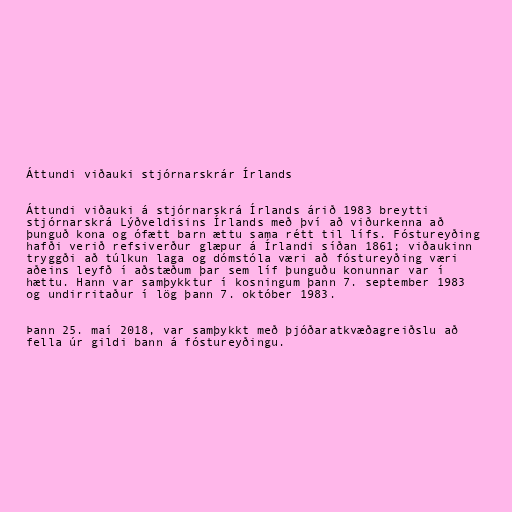
Áttundi viðauki stjórnarskrár Írlands

Áttundi viðauki á stjórnarskrá Írlands árið 1983 breytti
stjórnarskrá Lýðveldisins Írlands með því að viðurkenna að
þunguð kona og ófætt barn ættu sama rétt til lífs. Fóstureyðing
hafði verið refsiverður glæpur á Írlandi síðan 1861; viðaukinn
tryggði að túlkun laga og dómstóla væri að fóstureyðing væri
aðeins leyfð í aðstæðum þar sem líf þunguðu konunnar var í
hættu. Hann var samþykktur í kosningum þann 7. september 1983
og undirritaður í lög þann 7. október 1983.

Þann 25. maí 2018, var samþykkt með þjóðaratkvæðagreiðslu að
fella úr gildi bann á fóstureyðingu.